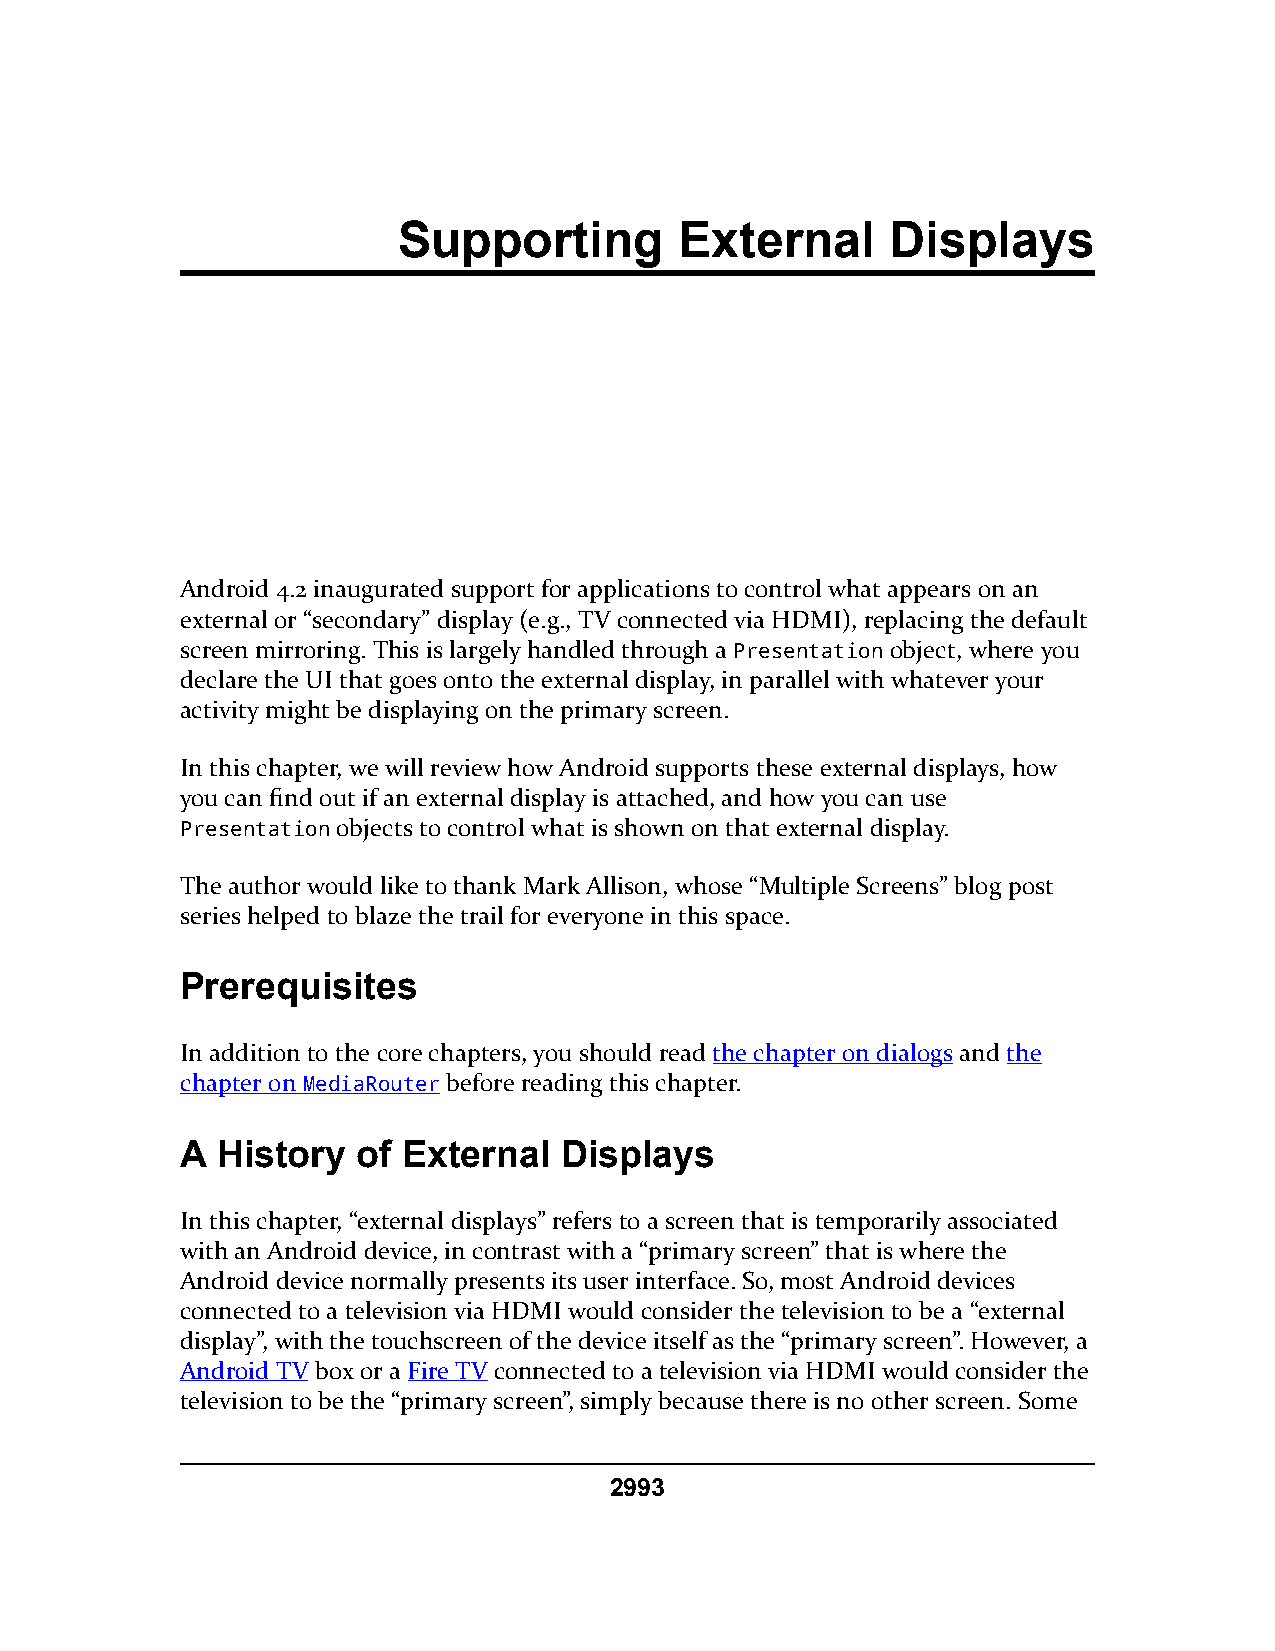
Supporting         External      Displays
 Android 4.2 inaugurated support for applications to control what appears on an
 external or “secondary” display (e.g., TV connected via HDMI), replacing the default
 screen mirroring. This is largely handled through a Presentation object, where you
 declare the UI that goes onto the external display, in parallel with whatever your
 activity might be displaying on the primary screen.
 In this chapter, we will review how Android supports these external displays, how
 you can find out if an external display is attached, and how you can use
 Presentation objects to control what is shown on that external display.
 The author would like to thank Mark Allison, whose “Multiple Screens” blog post
 series helped to blaze the trail for everyone in this space.
 Prerequisites
 In addition to the core chapters, you should read the chapter on dialogs and the
 chapter on MediaRouter before reading this chapter.
 A History   of External  Displays
 In this chapter, “external displays” refers to a screen that is temporarily associated
 with an Android device, in contrast with a “primary screen” that is where the
 Android device normally presents its user interface. So, most Android devices
 connected to a television via HDMI would consider the television to be a “external
 display”, with the touchscreen of the device itself as the “primary screen”. However, a
 Android TV box or a Fire TV connected to a television via HDMI would consider the
 television to be the “primary screen”, simply because there is no other screen. Some
 2993